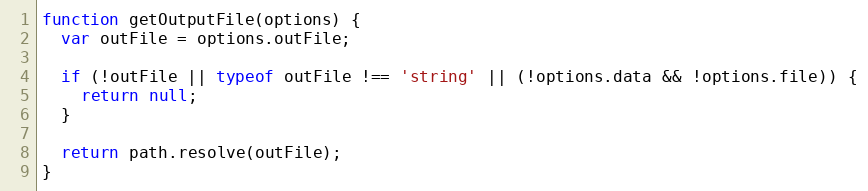
Language: JavaScript
function getOutputFile(options) {
  var outFile = options.outFile;

  if (!outFile || typeof outFile !== 'string' || (!options.data && !options.file)) {
    return null;
  }

  return path.resolve(outFile);
}